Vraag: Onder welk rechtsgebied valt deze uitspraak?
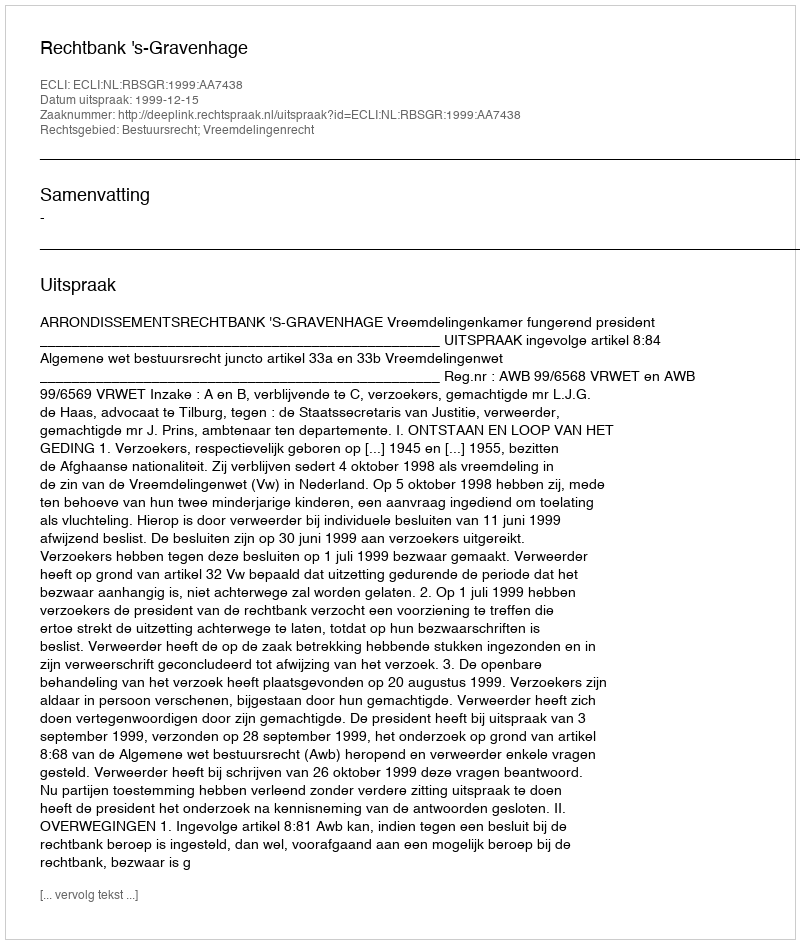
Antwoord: Bestuursrecht; Vreemdelingenrecht